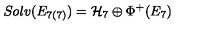
S o l v ( E _ { 7 ( 7 ) } ) = { \cal H } _ { 7 } \oplus \Phi ^ { + } ( E _ { 7 } )